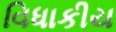
વિધાકીય